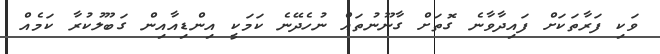
ވަކި ފަރާތަކަށް ފައިދާވާނެ ގޮތަށް ގާނޫނުތައް ނުހެދޭނެ ކަމަކީ އިންޑިއާއިން ގަބޫލުކުރާ ކަމެއް